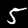
Digit: 5